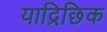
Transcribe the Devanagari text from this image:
याद्रिछिक